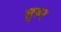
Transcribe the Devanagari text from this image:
सुरुर